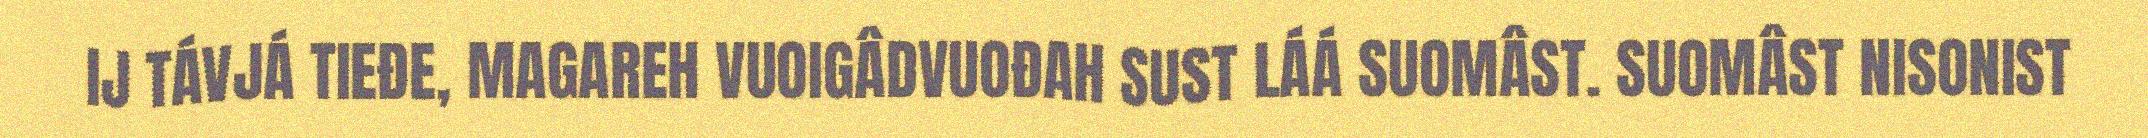
IJ TÁVJÁ TIEĐE, MAGAREH VUOIGÂDVUOĐAH SUST LÁÁ SUOMÂST. SUOMÂST NISONIST